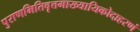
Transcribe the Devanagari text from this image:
पुराणमितिवृत्तमाख्यायिकोदाहरणं